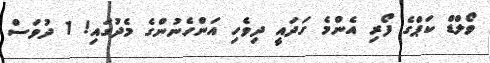
ވޯލްޑް ކަޕްގެ ފޯރި އެންމެ ގަދައީ ދިވެހި އަންހެނުންގެ މެދުގައި! 1 ދުވަސް